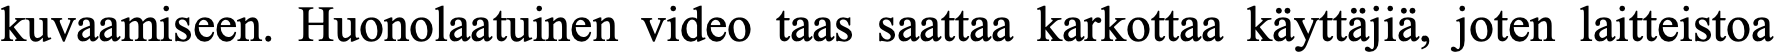
kuvaamiseen. Huonolaatuinen video taas saattaa karkottaa käyttäjiä, joten laitteistoa